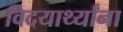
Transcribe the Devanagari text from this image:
विदयार्थ्यांना